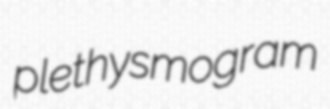
plethysmogram